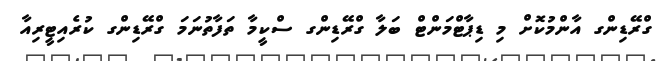
ގްރޭޑިންގ އާންމުކޮށް މި ޑިޕާޓްމަންޓް ބަލާ ގްރޭޑިންގ ސްކީމާ ތަފާތުނަމަ ގްރޭޑިންގ ކުރެއިޓީރިއާ